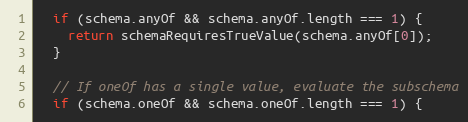
Language: JavaScript
  if (schema.anyOf && schema.anyOf.length === 1) {
    return schemaRequiresTrueValue(schema.anyOf[0]);
  }

  // If oneOf has a single value, evaluate the subschema
  if (schema.oneOf && schema.oneOf.length === 1) {